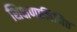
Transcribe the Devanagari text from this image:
शिक्षणानिमित्त